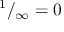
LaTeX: ^ { 1 } / _ { \infty } = 0